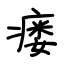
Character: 瘘